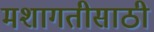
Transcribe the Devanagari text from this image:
मशागतीसाठी